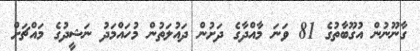
ގާނޫނުން އުގޫބާތުގެ 81 ވަނަ މާއްދާގެ ދަށުން ދައުލަތުން މުހައްމަދު ނަޝީދުގެ މައްޗަށް